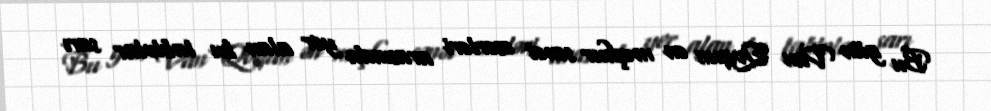
Bu gün Van Qoqun ən məşhur sənət əsərləri arasında yer alan bu tablolar sarı